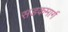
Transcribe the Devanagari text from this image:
सडकमार्ग